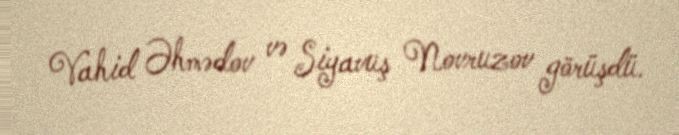
Vahid Əhmədov və Siyavuş Novruzov görüşdü.